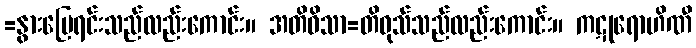
=နွားမြေရင်းသည်လည်းကောင်း။ အတိဝိသာ=တိဝုသ်သည်လည်းကောင်း။ ကဋုရောဟိဏီ